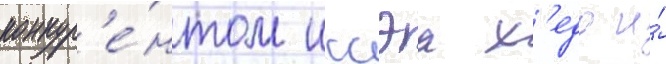
конкур'е́нтом иссэа х'едо и́